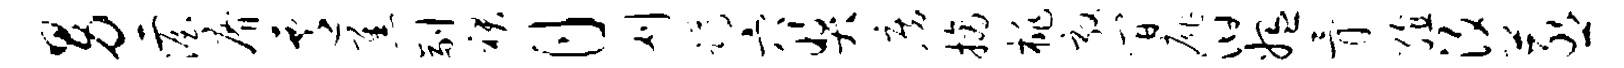
男二渥瘠迁焦副裙月刈蹲穴奖房摘桃敦间扉汩媪骨殖汐蒸